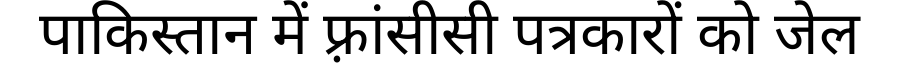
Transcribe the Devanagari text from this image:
पाकिस्तान में फ़्रांसीसी पत्रकारों को जेल